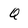
Character: Q